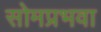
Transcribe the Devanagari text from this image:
सोमप्रभवा